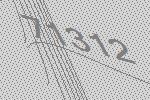
71312